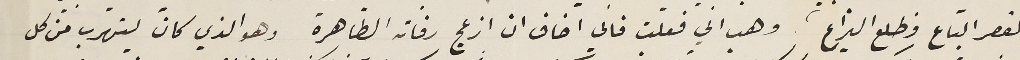
لقصر الباع وطلع اليراع وهب اني فعلت فانى اخاف ان ازعج رفاته الطاهرة وهو الذي كان يتهرب من كل